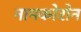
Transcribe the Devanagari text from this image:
नामकोरोन